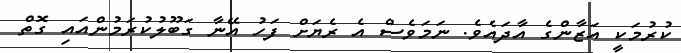
ކުރުމަކީ އަޒާންގެ އާދައެވެ. ނަމަވެސް އެ ރެޔަށް ފަހު އޭނާ ގަބޫލުކުރަމުންއައި ގޮތް